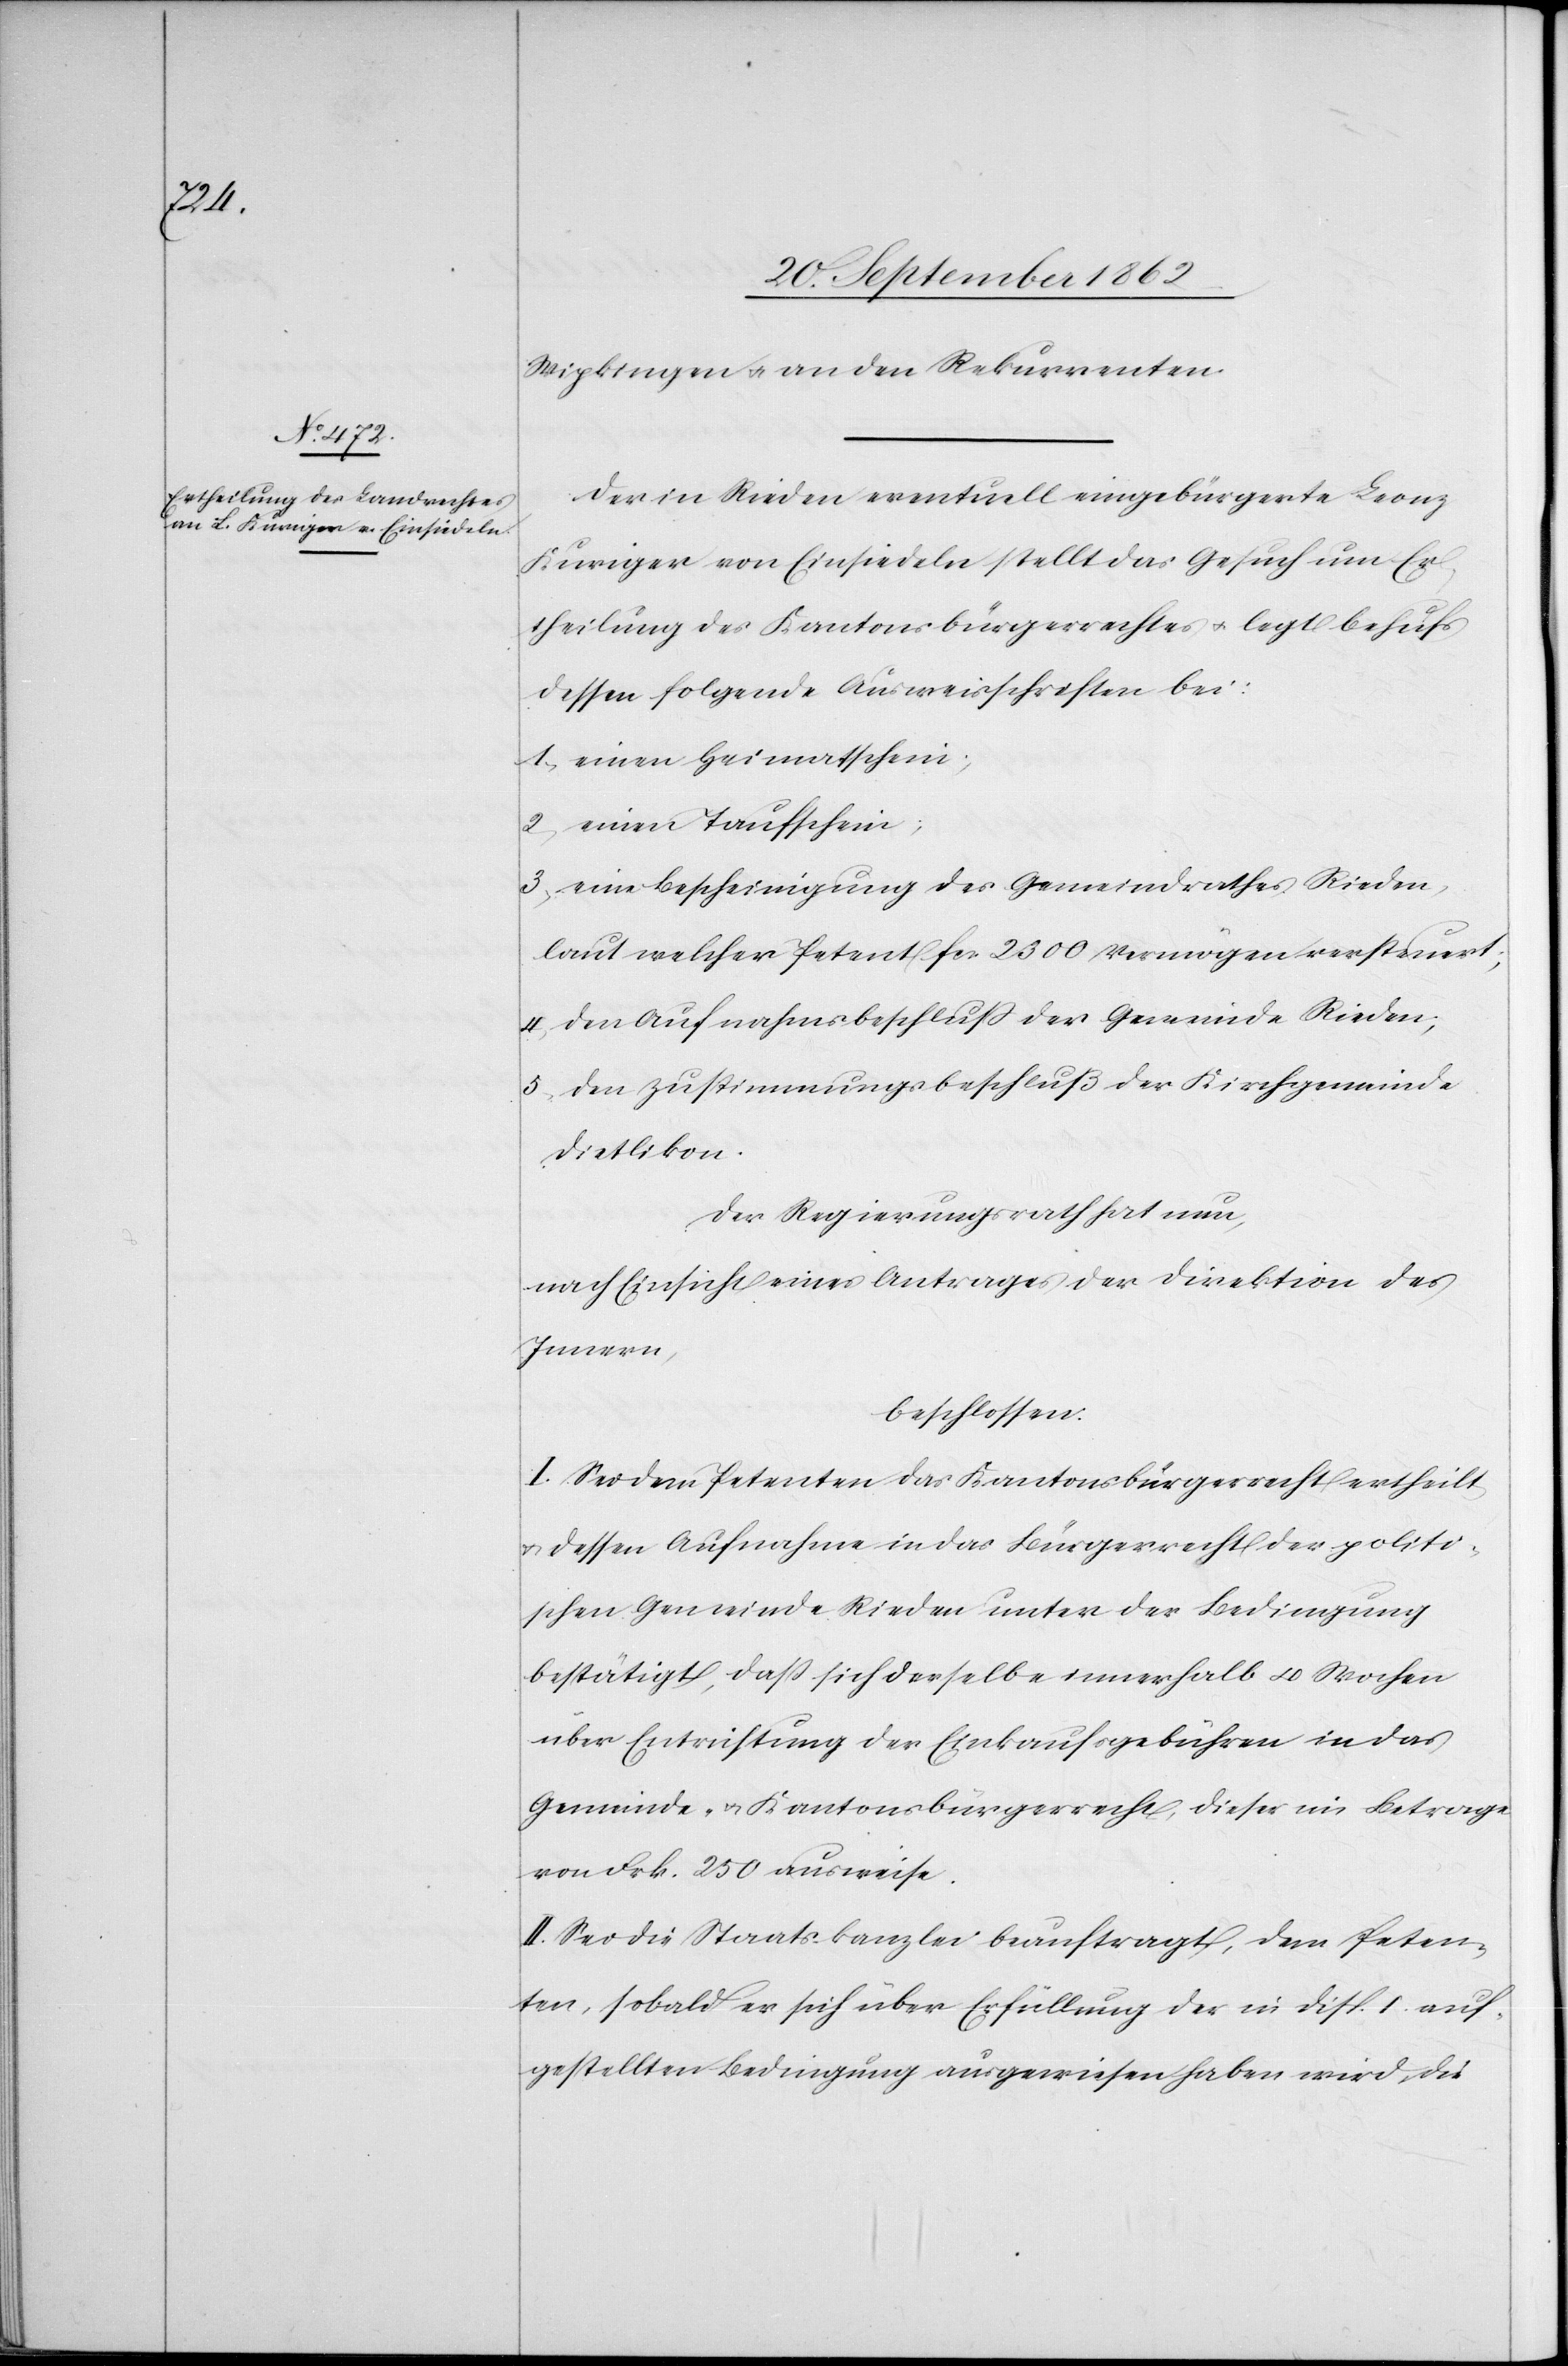
Wipkingen u. an den Rekurrenten.
Der in Rieden eventuell eingebürgerte Leonz
Kuriger von Einsiedeln stellt das Gesuch um Er¬
theilung des Kantonsbürgerrechtes u. legt behufs
dessen folgende Ausweisschriften bei:
1. einen Heimathschein;
2. einen Taufschein;
3. eine Bescheinigung des Gemeindrathes Rieden,
laut welcher Petent fcs. 2300 Vermögen versteuert;
4. den Aufnahmsbeschluß der Gemeinde Rieden;
5. den Zustimmungsbeschluß der Kirchgemeinde
Dietlikon.
Der Regierungsrath hat nun,
nach Einsicht eines Antrages der Direktion des
Innern,
beschlossen:
I. Sei dem Petenten das Kantonsbürgerrecht ertheilt
u. dessen Aufnahme in das Bürgerrecht der politi¬
schen Gemeine Rieden unter der Bedingung
bestätigt, daß sich derselbe innerhalb 4 Wochen
über Entrichtung der Einkaufsgebühren in das
Gemeinde- u. Kantonsbürgerrecht, dieser im Betrage
von Frk. 250 ausweise.
II. Sei die Staatskanzlei beauftragt, dem Peten¬
ten, sobald er sich über Erfüllung der in Disp. I auf¬
gestellten Bedingung ausgewiesen haben wird, die